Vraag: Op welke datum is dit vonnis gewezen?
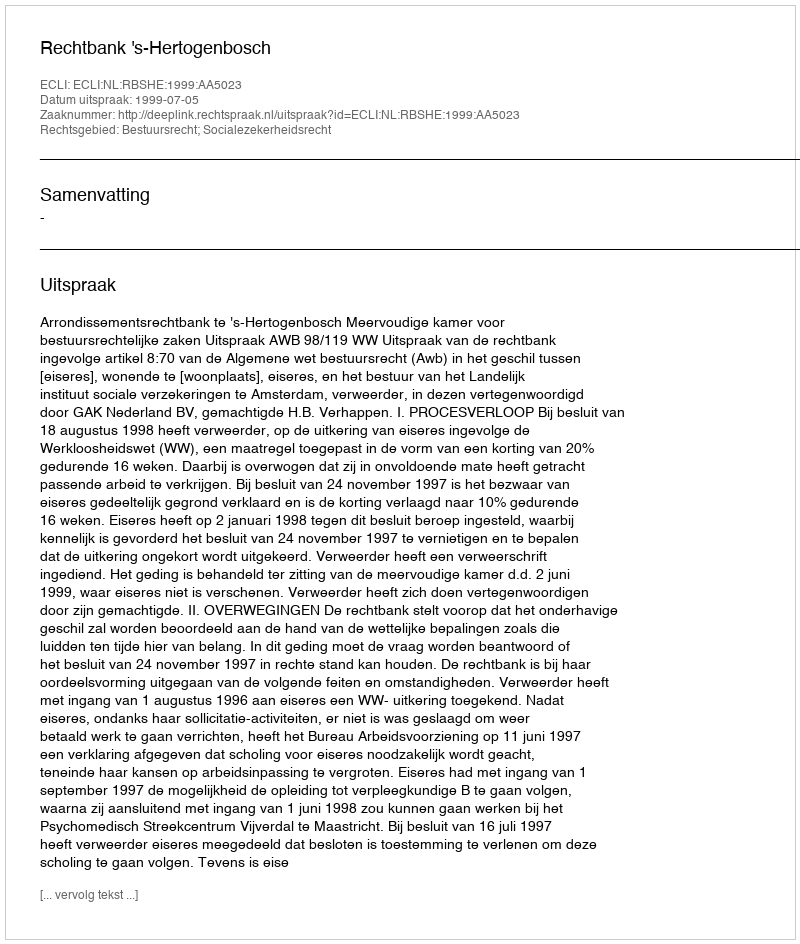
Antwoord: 1999-07-05